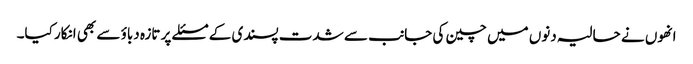
انھوں نے حالیہ دنوں میں چین کی جانب سے شدت پسندی کے مسئلے پر تازہ دباؤ سے بھی انکار کیا۔